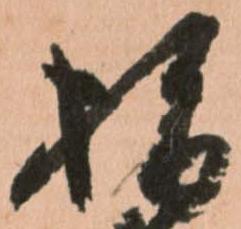
指